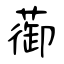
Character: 蓹